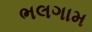
ભલગામ